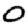
Digit: 0